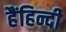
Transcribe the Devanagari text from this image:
हैंहिन्दी